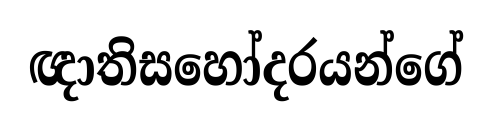
ඥාතිසහෝදරයන්ගේ